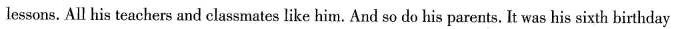
lessons. All his teachers and classmates like him. And so do his parents. It was his sixth birthday